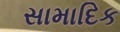
સામાદિક